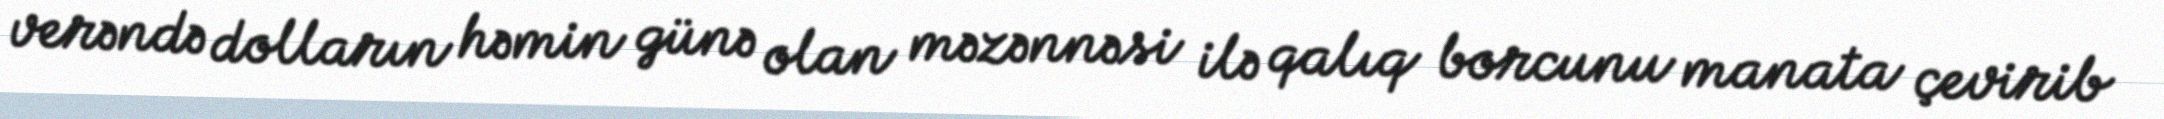
verəndə dolların həmin günə olan məzənnəsi ilə qalıq borcunu manata çevirib